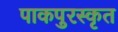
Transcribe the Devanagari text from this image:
पाकपुरस्कृत